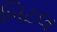
બિટલ